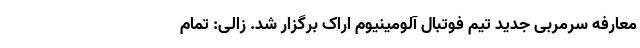
معارفه سرمربی جدید تیم فوتبال آلومینیوم اراک برگزار شد. زالی: تمام